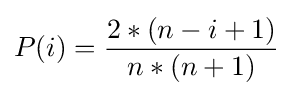
P(i)={\frac {2*(n-i+1)}{n*(n+1)}}